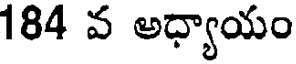
184 వ అధ్యాయం